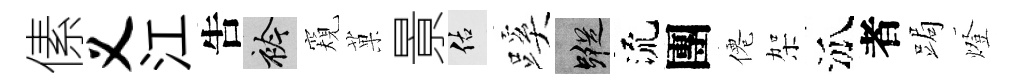
傃义江吿衿窺菓㬌佑蹊蹤流團僊架泒者跼燈